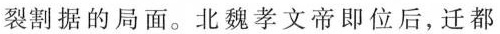
裂割据的局面。北魏孝文帝即位后，迁都